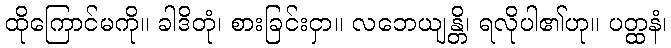
ထိုကြောင်မကို။ ခါဒိတုံ၊ စားခြင်းငှာ။ လဘေယျန္တိ၊ ရလိုပါ၏ဟု။ ပတ္ထနံ၊